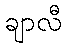
ချာလီ